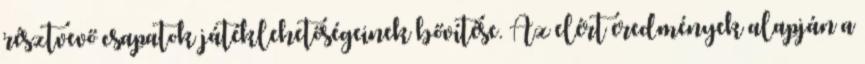
résztvevő csapatok játéklehetőségeinek bővítése. Az elért eredmények alapján a